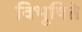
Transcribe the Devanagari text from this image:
विभूषिते